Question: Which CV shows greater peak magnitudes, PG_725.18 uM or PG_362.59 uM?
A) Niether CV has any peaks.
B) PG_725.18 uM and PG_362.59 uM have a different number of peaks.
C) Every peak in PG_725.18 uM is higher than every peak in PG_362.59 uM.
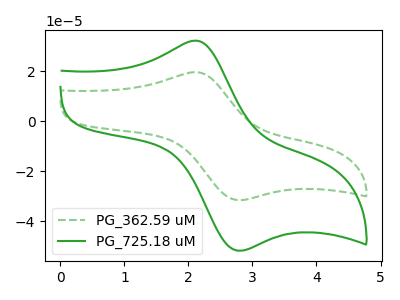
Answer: <think>The green dashed curve "PG_362.59 uM" has an anodic peak at (2.10V, 19.65uA) and a cathodic peak at (2.80V, -31.55uA). The green curve "PG_725.18 uM" has an anodic peak at (2.10V, 32.25uA) and a cathodic peak at (2.80V, -51.80uA).</think>
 <answer>C) Every peak in "PG_725.18 uM" is higher than every peak in "PG_362.59 uM".</answer>
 <eval>C</eval>